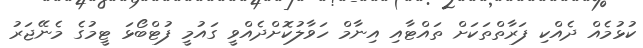
ކުޅުމެއް ދެއްކި ފަރާތްތަކަށް ތައްޓާއި އިނާމް ހަވާލުކޮށްދެއްވީ ގައުމީ ފުޓްބޯޅަ ޓީމުގެ މެނޭޖަރު